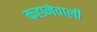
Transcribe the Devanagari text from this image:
कहानेवाली